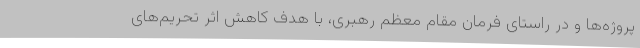
پروژه‌ها و در راستای فرمان مقام معظم رهبری، با هدف کاهش اثر تحریم‌های